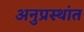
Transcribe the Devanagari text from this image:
अनुप्रस्थांत